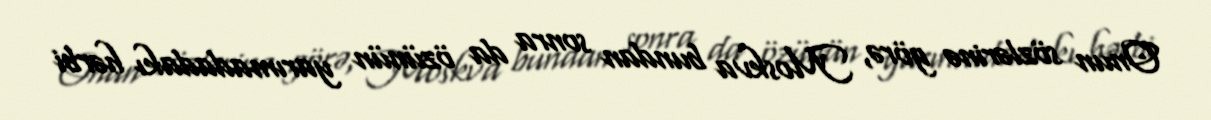
Onun sözlərinə görə, Moskva bundan sonra da özünün yarımadadakı hərbi